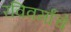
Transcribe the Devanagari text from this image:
रविवर्मांचे